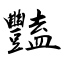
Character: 豔